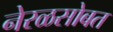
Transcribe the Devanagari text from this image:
नेरळसोबत